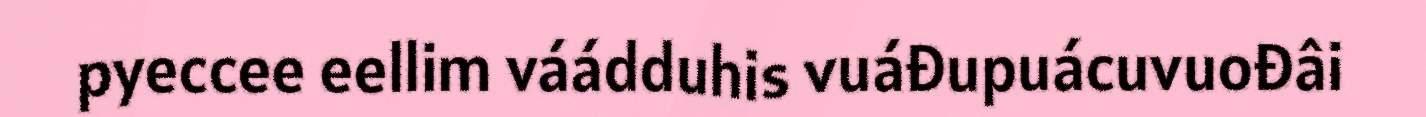
pyeccee eellim váádduhis vuáđupuácuvuođâi